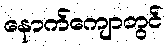
နောက်ကျောတွင်